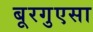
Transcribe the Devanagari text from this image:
बूरगुएसा